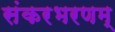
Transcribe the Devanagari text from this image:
संकरभरणम्